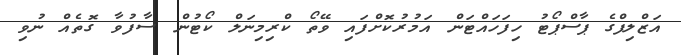
އަޒްލިފްގެ ޕާސްޕޯޓު ހިފަހައްޓަން އަމުރުކޮށްފައި ވޭތޯ ކްރިމިނަލް ކޯޓުން ސާފުވާ ގޮތެއް ނުވި